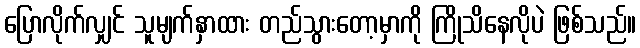
ပြောလိုက်လျှင် သူမျက်နှာထား တည်သွားတော့မှာကို ကြိုသိနေလိုပဲ ဖြစ်သည်။